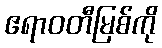
ဧရာဝတီမြစ်ကို